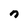
Character: n